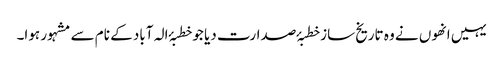
یہیں انھوں نے وہ تاریخ ساز خطبۂ صدارت دیا جو خطبۂ الہ آباد کے نام سے مشہور ہوا۔